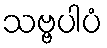
သဗ္ဗပါပံ